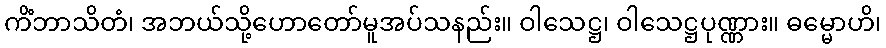
ကိံဘာသိတံ၊ အဘယ်သို့ဟောတော်မူအပ်သနည်း။ ဝါသေဋ္ဌ၊ ဝါသေဋ္ဌပုဏ္ဏား။ ဓမ္မောဟိ၊